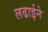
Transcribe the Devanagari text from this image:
लढाईने